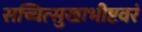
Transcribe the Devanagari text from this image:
सच्चित्सुखाभीष्टवरं